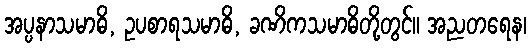
အပ္ပနာသမာဓိ, ဥပစာရသမာဓိ, ခဏိကသမာဓိတို့တွင်။ အညတရေန၊